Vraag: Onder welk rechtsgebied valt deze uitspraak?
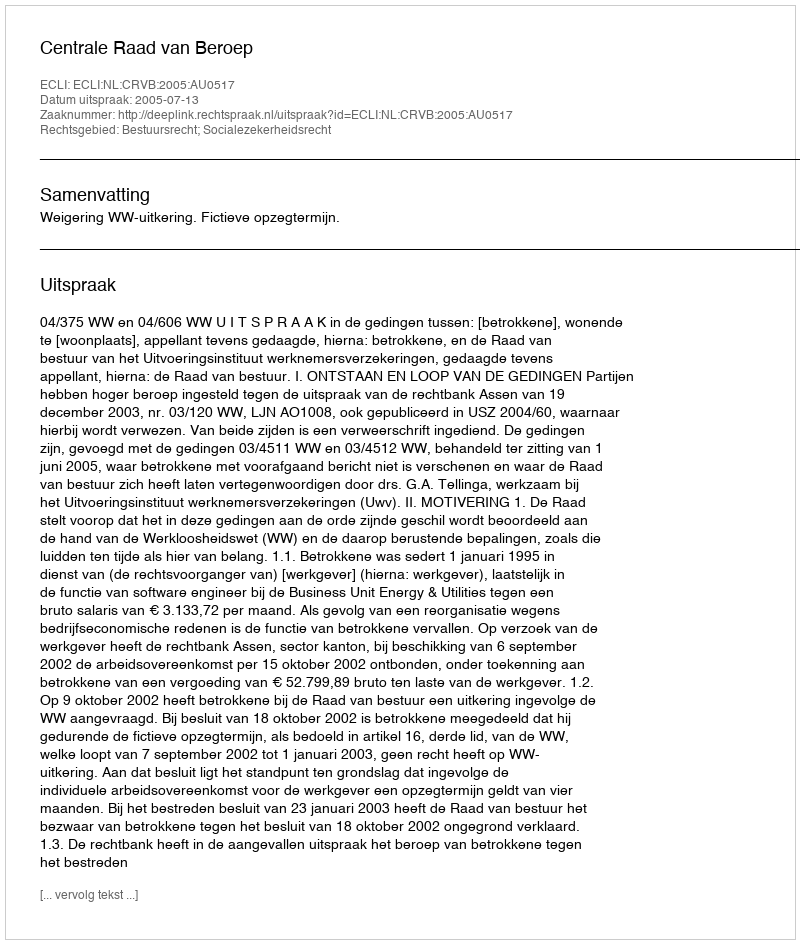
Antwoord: Bestuursrecht; Socialezekerheidsrecht